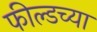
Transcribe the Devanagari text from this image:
फील्डच्या